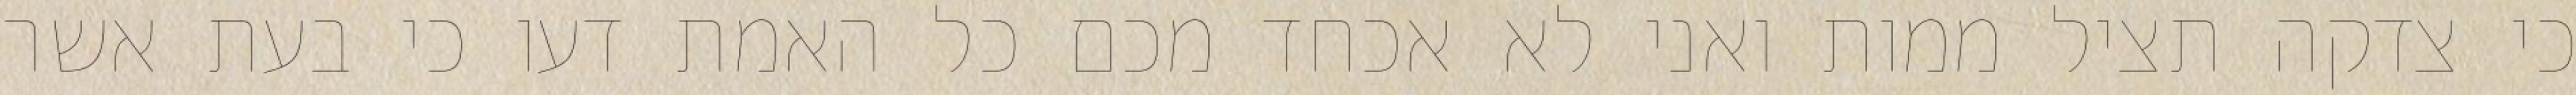
כי צדקה תציל ממות ואני לא אכחד מכם כל האמת דעו כי בעת אשר